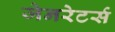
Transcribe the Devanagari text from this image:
जेनरेटर्स